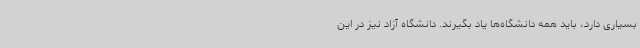
بسیاری دارد، باید همه دانشگاه‌ها یاد بگیرند. دانشگاه آزاد نیز در این